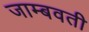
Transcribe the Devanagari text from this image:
जाम्‍बवती